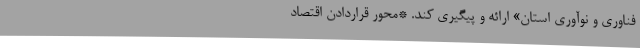
فناوری و نوآوری استان» ارائه و پیگیری کند. *محور قراردادن اقتصاد